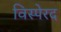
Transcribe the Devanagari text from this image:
विस्पेरद